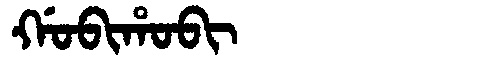
Manchu: ᡤᠣᠪᡳᡥᠣᠪᡳ
Romanization: GOBIHOBI